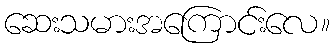
ဆေးသမားအကြောင်းလေ။